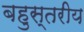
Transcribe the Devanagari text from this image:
बहुस्‍तरीय